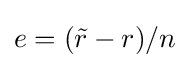
e=({\tilde {r}}-r)/n